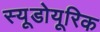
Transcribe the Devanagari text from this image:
स्यूडोयूरिक